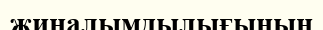
жиналымдылығының